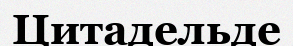
Цитадельде